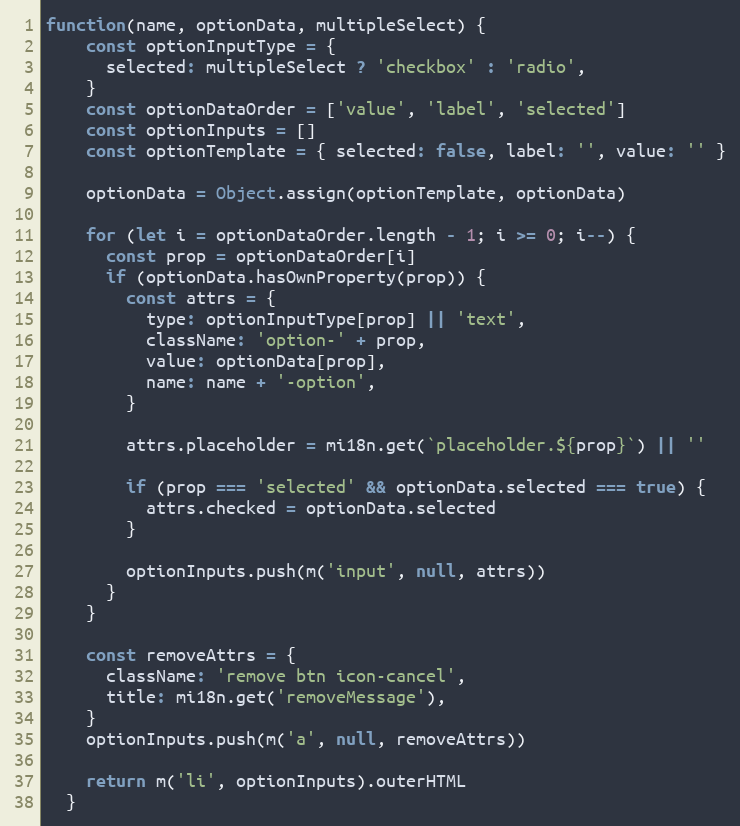
Language: JavaScript
function(name, optionData, multipleSelect) {
    const optionInputType = {
      selected: multipleSelect ? 'checkbox' : 'radio',
    }
    const optionDataOrder = ['value', 'label', 'selected']
    const optionInputs = []
    const optionTemplate = { selected: false, label: '', value: '' }

    optionData = Object.assign(optionTemplate, optionData)

    for (let i = optionDataOrder.length - 1; i >= 0; i--) {
      const prop = optionDataOrder[i]
      if (optionData.hasOwnProperty(prop)) {
        const attrs = {
          type: optionInputType[prop] || 'text',
          className: 'option-' + prop,
          value: optionData[prop],
          name: name + '-option',
        }

        attrs.placeholder = mi18n.get(`placeholder.${prop}`) || ''

        if (prop === 'selected' && optionData.selected === true) {
          attrs.checked = optionData.selected
        }

        optionInputs.push(m('input', null, attrs))
      }
    }

    const removeAttrs = {
      className: 'remove btn icon-cancel',
      title: mi18n.get('removeMessage'),
    }
    optionInputs.push(m('a', null, removeAttrs))

    return m('li', optionInputs).outerHTML
  }